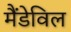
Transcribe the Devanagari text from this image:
मैंडेविल